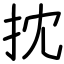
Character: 抌